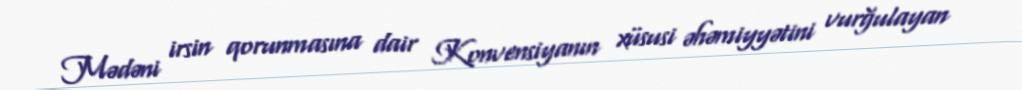
Mədəni irsin qorunmasına dair Konvensiyanın xüsusi əhəmiyyətini vurğulayan